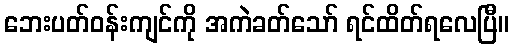
ဘေးပတ်ဝန်းကျင်ကို အကဲခတ်သော် ရင်ထိတ်ရလေပြီ။